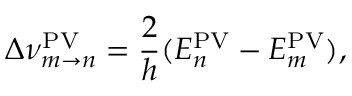
\Delta \nu _ { m \rightarrow n } ^ { \mathrm { P V } } = \frac { 2 } { h } ( E _ { n } ^ { \mathrm { P V } } - E _ { m } ^ { \mathrm { P V } } ) ,